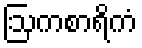
ဩကစာရိကံ